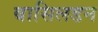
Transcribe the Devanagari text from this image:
बासिलडन